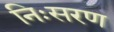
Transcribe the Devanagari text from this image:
निःसरण